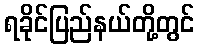
ရခိုင်ပြည်နယ်တို့တွင်